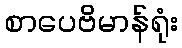
စာပေဗိမာန်ရုံး